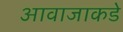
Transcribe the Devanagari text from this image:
आवाजाकडे